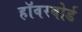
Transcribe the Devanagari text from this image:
हॉवरबोर्ड